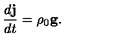
\frac { d { \bf j } } { d t } = \rho _ { 0 } { \bf g . }